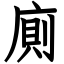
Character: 廁